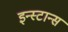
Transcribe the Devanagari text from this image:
इन्स्टान्स